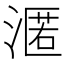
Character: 𭱶